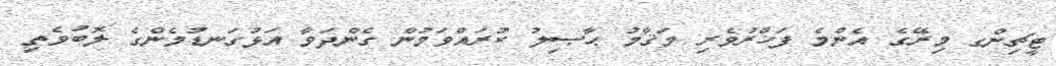
ޓީޗިންގ މިރޭގެ އެންމެ ފަޚްރުވެރި މަޤާމު ޙާޞިލު ކުރައްވަމުން ގެންދަވާ އަޅުގަނޑުމެންގެ ލޮބުވެތި